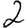
Digit: 2